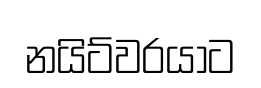
නයිට්වරයාට